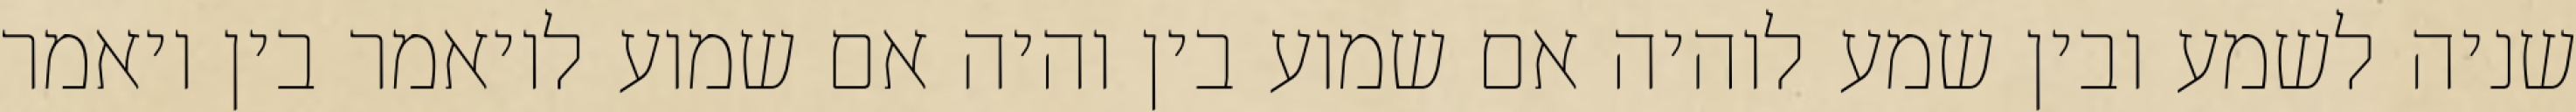
שניה לשמע ובין שמע לוהיה אם שמוע בין והיה אם שמוע לויאמר בין ויאמר